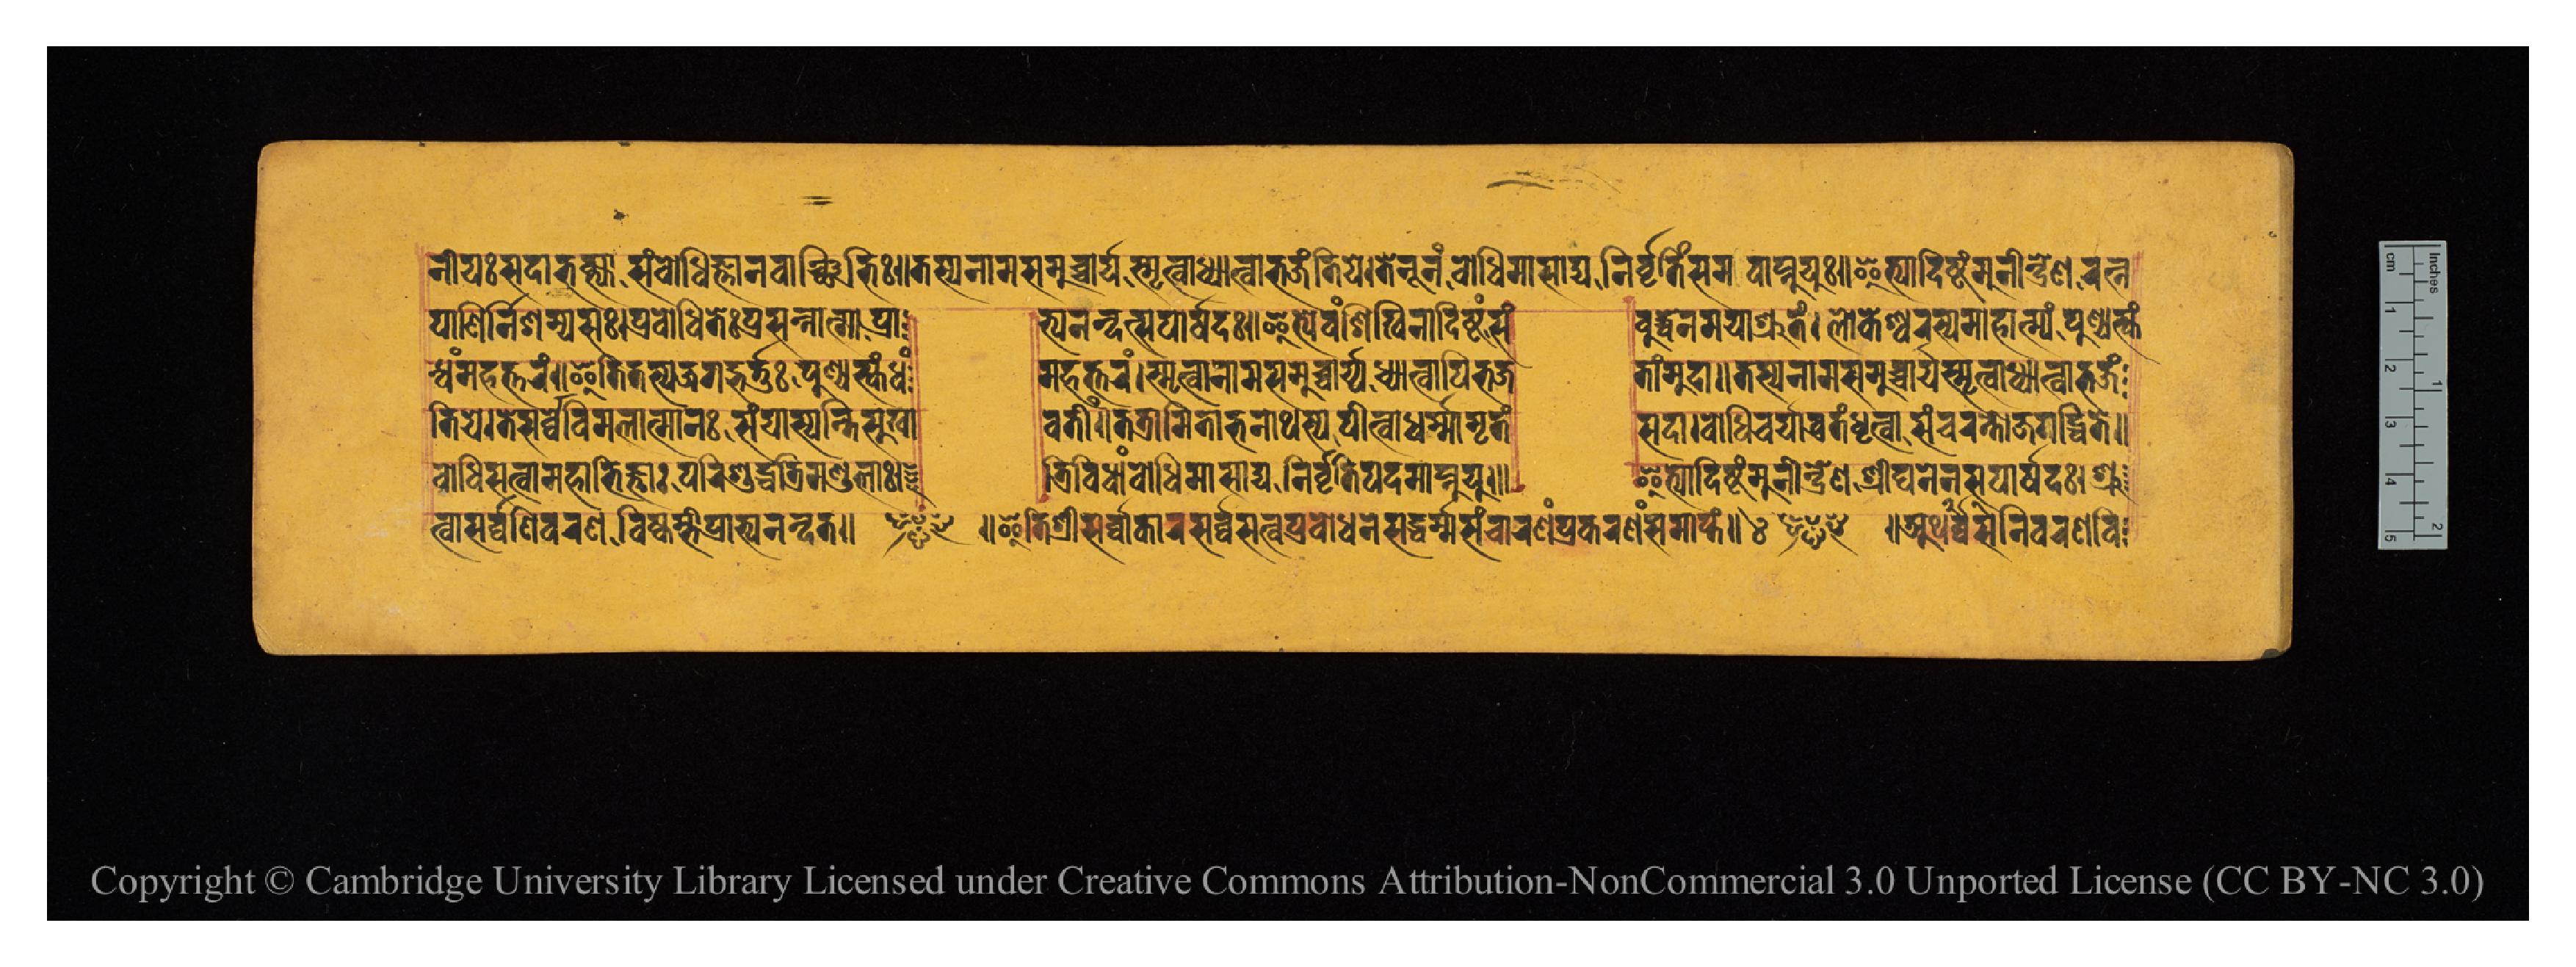
𑐣𑐷𑐫𑑅𑐳𑐡𑐵𑐨𑐎𑑂𑐟𑑂𑐫𑐵𑐳𑑄𑐧𑑀𑐢𑐶𑐖𑑂𑐘𑐵𑐣𑐰𑐵𑐘𑑂𑐕𑐶𑐨𑐶𑑅𑑌𑐟𑐳𑑂𑐫𑐣𑐵𑐩𑐳𑐩𑐸𑐔𑑂𑐔𑐵𑐬𑑂𑐫𑐳𑑂𑐩𑐺𑐟𑑂𑐰𑐵𑐢𑑂𑐫𑐵𑐟𑑂𑐰𑐵𑐨𑐖𑐣𑑂𑐟𑐶𑐫𑐾𑑋𑐟𑐾𑐣𑐹𑐣𑑄𑐧𑑀𑐢𑐶𑐩𑐵𑐳𑐵𑐢𑑂𑐫𑐣𑐶𑐬𑑂𑐰𑐺𑐟𑐶𑑄𑐳𑐩𑐰𑐵𑐥𑑂𑐣𑐸𑐫𑐸𑑅𑑌𑐂𑐟𑑂𑐫𑐵𑐡𑐶𑐲𑑂𑐚𑑄𑐩𑐸𑐣𑐷𑐣𑑂𑐡𑑂𑐬𑐾𑐞𑐬𑐟𑑂𑐣 𑐥𑐵𑐞𑐶𑐬𑑂𑐣𑐶𑐱𑐩𑑂𑐫𑐳𑑅𑑋𑐥𑑂𑐬𑐧𑑀𑐢𑐶𑐟𑑅𑐥𑑂𑐬𑐳𑐣𑑂𑐣𑐵𑐟𑑂𑐩𑐵𑐥𑑂𑐬𑐵  𑐨𑑂𑐫𑐣𑐣𑑂𑐡𑐟𑑂𑐳𑐥𑐵𑐬𑑂𑐲𑐡𑑅𑑋𑐂𑐟𑑂𑐫𑐾𑐰𑑄𑐱𑐶𑐏𑐶𑐣𑐵𑐡𑐶𑐲𑑂𑐚𑑄𑐳𑑄  𑐧𑐸𑐡𑑂𑐢𑐾𑐣𑐩𑐫𑐵𑐱𑑂𑐬𑐸𑐟𑑄𑑋𑐮𑑀𑐎𑐾𑐱𑑂𑐰𑐬𑐳𑑂𑐫𑐩𑐵𑐴𑐵𑐟𑑂𑐩𑑂𑐫𑑄𑐥𑐸𑐞𑑂𑐫𑐳𑑂𑐎𑑄 𑐢𑑄𑐩𑐴𑐟𑑂𑐟𑐬𑑄𑑌𑐂𑐟𑐶𑐟𑐳𑑂𑐫𑐖𑐐𑐡𑑂𑐨𑐬𑑂𑐟𑐸𑑅𑐥𑐸𑐞𑑂𑐫𑐳𑑂𑐎𑑄𑐢𑑄  𑐩𑐴𑐟𑑂𑐟𑐬𑑄𑑋𑐳𑑂𑐩𑐺𑐟𑑂𑐰𑐵𑐣𑐵𑐩𑐳𑐩𑐸𑐔𑑂𑐔𑐵𑐬𑑂𑐫𑐢𑑂𑐫𑐵𑐟𑑂𑐰𑐵𑐥𑐶𑐨𑐖  𑐟𑐵𑑄𑐳𑐡𑐵𑑌𑐟𑐳𑑂𑐫𑐣𑐵𑐩𑐳𑐩𑐸𑐔𑑂𑐔𑑂𑐔𑐵𑐬𑑂𑐫𑐳𑑂𑐩𑐺𑐟𑑂𑐰𑐵𑐢𑑂𑐫𑐵𑐟𑑂𑐰𑐵𑐨𑐖𑑄 𑐧𑑀𑐢𑐶𑐳𑐟𑑂𑐰𑐵𑐩𑐴𑐵𑐨𑐶𑐖𑑂𑐘𑐵𑑅𑐥𑐬𑐶𑐱𑐸𑐡𑑂𑐢𑐟𑑂𑐬𑐶𑐩𑐞𑑂𑐜𑐮𑐵𑑅𑑋  𑐟𑑂𑐬𑐶𑐰𑐶𑐢𑐵𑑄𑐧𑑀𑐢𑐶𑐩𑐵𑐳𑐵𑐢𑑂𑐫𑐣𑐶𑐬𑑂𑐰𑐺𑐟𑐶𑐥𑐡𑐩𑐵𑐥𑑂𑐣𑐸𑐫𑐸𑑅𑑌  𑐂𑐟𑑂𑐫𑐵𑐡𑐶𑐲𑑂𑐚𑑄𑐩𑐸𑐣𑐷𑐣𑑂𑐡𑑂𑐬𑐾𑐞𑐱𑑂𑐬𑐷𑐑𑐣𑐾𑐣𑐳𑐥𑐵𑐬𑑂𑐲𑐡𑑅𑑋𑐱𑑂𑐬𑐸 𑐟𑐶𑐫𑐾𑑋𑐟𑐾𑐳𑐬𑑂𑐰𑑂𑐰𑐾𑐰𑐶𑐩𑐮𑐵𑐟𑑂𑐩𑐵𑐣𑑅𑐳𑑄𑐫𑐵𑐳𑑂𑐫𑐣𑑂𑐟𑐶𑐳𑐸𑐏𑐵  𑐰𑐟𑐷𑑄𑑌𑐟𑐟𑑂𑐬𑐵𑐩𑐶𑐟𑐵𑐨𑐣𑐵𑐠𑐳𑑂𑐫𑐥𑐷𑐟𑑂𑐰𑐵𑐢𑐬𑑂𑐩𑐵𑐩𑐺𑐟𑑄  𑐳𑐡𑐵𑑋𑐧𑑀𑐢𑐶𑐔𑐬𑑂𑐫𑐵𑐰𑑂𑐬𑐟𑑄𑐢𑐺𑐟𑑂𑐰𑐵𑐳𑐘𑑂𑐔𑐬𑐣𑑂𑐟𑑀𑐖𑐐𑐡𑑂𑐢𑐶𑐟𑐾𑑌 𑐟𑑂𑐰𑐵𑐳𑐬𑑂𑐰𑑂𑐰𑐣𑐷𑐰𑐬𑐞𑐰𑐶𑐲𑑂𑐎𑐩𑑂𑐨𑐷𑐥𑑂𑐬𑐵𑐨𑑂𑐫𑐣𑐣𑑂𑐡𑐟𑑌 ~ 𑑌𑐂𑐟𑐶𑐱𑑂𑐬𑐷𑐳𑐬𑑂𑐰𑑂𑐰𑐵𑐎𑐵𑐬𑐳𑐬𑑂𑐰𑑂𑐰𑐥𑑂𑐬𑐧𑑀𑐢𑐣𑐳𑐡𑑂𑐢𑐬𑑂𑐩𑑂𑐩𑐳𑑄𑐔𑐵𑐬𑐞𑑄𑐥𑑂𑐬𑐎𑐬𑐞𑑄𑐳𑐩𑐵𑐥𑑂𑐟𑑄𑑌 𑑔 ~ 𑑌𑐀𑐠𑐳𑐬𑑂𑐰𑑂𑐰𑐣𑐷𑐰𑐬𑐞𑐰𑐶